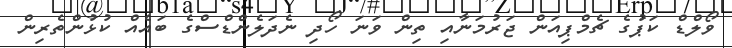
ވޯލްޑް ކަޕުގެ ޗެމްޕިއަން ޖަރުމަނާއި ތިން ވަނަ ހޯދި ނެދަލެންޑްސްގެ ބައެއް ކުޅުންތެރިން